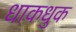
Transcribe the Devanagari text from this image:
धाकधुक